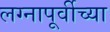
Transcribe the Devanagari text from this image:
लग्नापूर्वीच्या